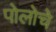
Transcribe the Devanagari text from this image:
पोलोचे